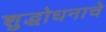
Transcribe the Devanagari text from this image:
शुद्धोधनाचे